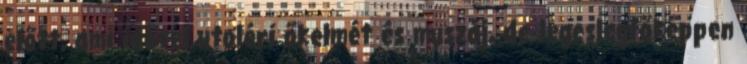
előtt, ami idővel utoléri őkelmét és muszáj, de legeslegfőképpen